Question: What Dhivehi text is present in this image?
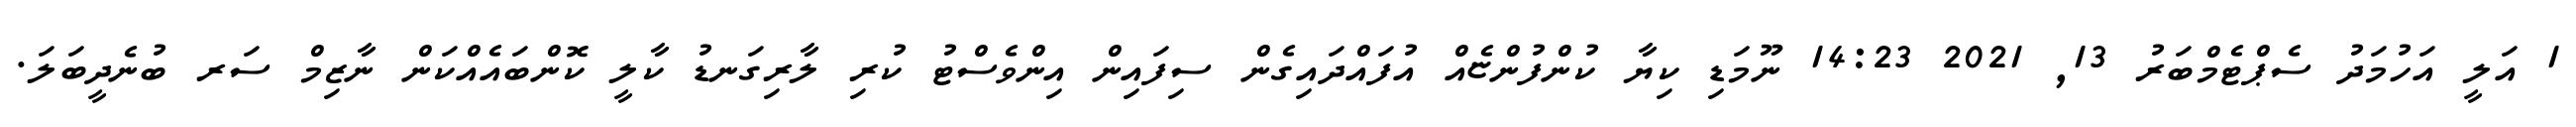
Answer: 1 އަލީ އަހުމަދު ސެޕްޓެމްބަރު 13, 2021 14:23 ނޫމަޑި ކިޔާ ކުންފުންޏެއް އުފައްދައިގެން ސިފައިން އިންވެސްޓު ކުރި ލާރިގަނޑު ކާލީ ކޮންބައެއްކަން ނާޒިމް ސަރ ބުނެދީބަލަ.